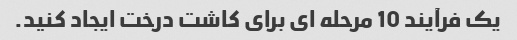
یک فرآیند 10 مرحله ای برای کاشت درخت ایجاد کنید.